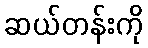
ဆယ်တန်းကို